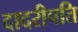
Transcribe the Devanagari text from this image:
दादरीपति